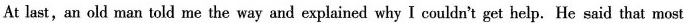
At last, an old man told me the way and explained why I couldn't get help. He said that most